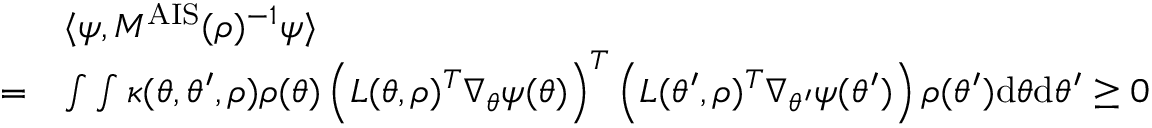
\begin{array} { r l } & { \langle \psi , M ^ { \mathrm { A I S } } ( \rho ) ^ { - 1 } \psi \rangle } \\ { = } & { \int \int \kappa ( \theta , \theta ^ { \prime } , \rho ) \rho ( \theta ) \left( L ( \theta , \rho ) ^ { T } \nabla _ { \theta } \psi ( \theta ) \right) ^ { T } \left( L ( \theta ^ { \prime } , \rho ) ^ { T } \nabla _ { \theta ^ { \prime } } \psi ( \theta ^ { \prime } ) \right) \rho ( \theta ^ { \prime } ) \mathrm { d } \theta \mathrm { d } \theta ^ { \prime } \geq 0 } \end{array}